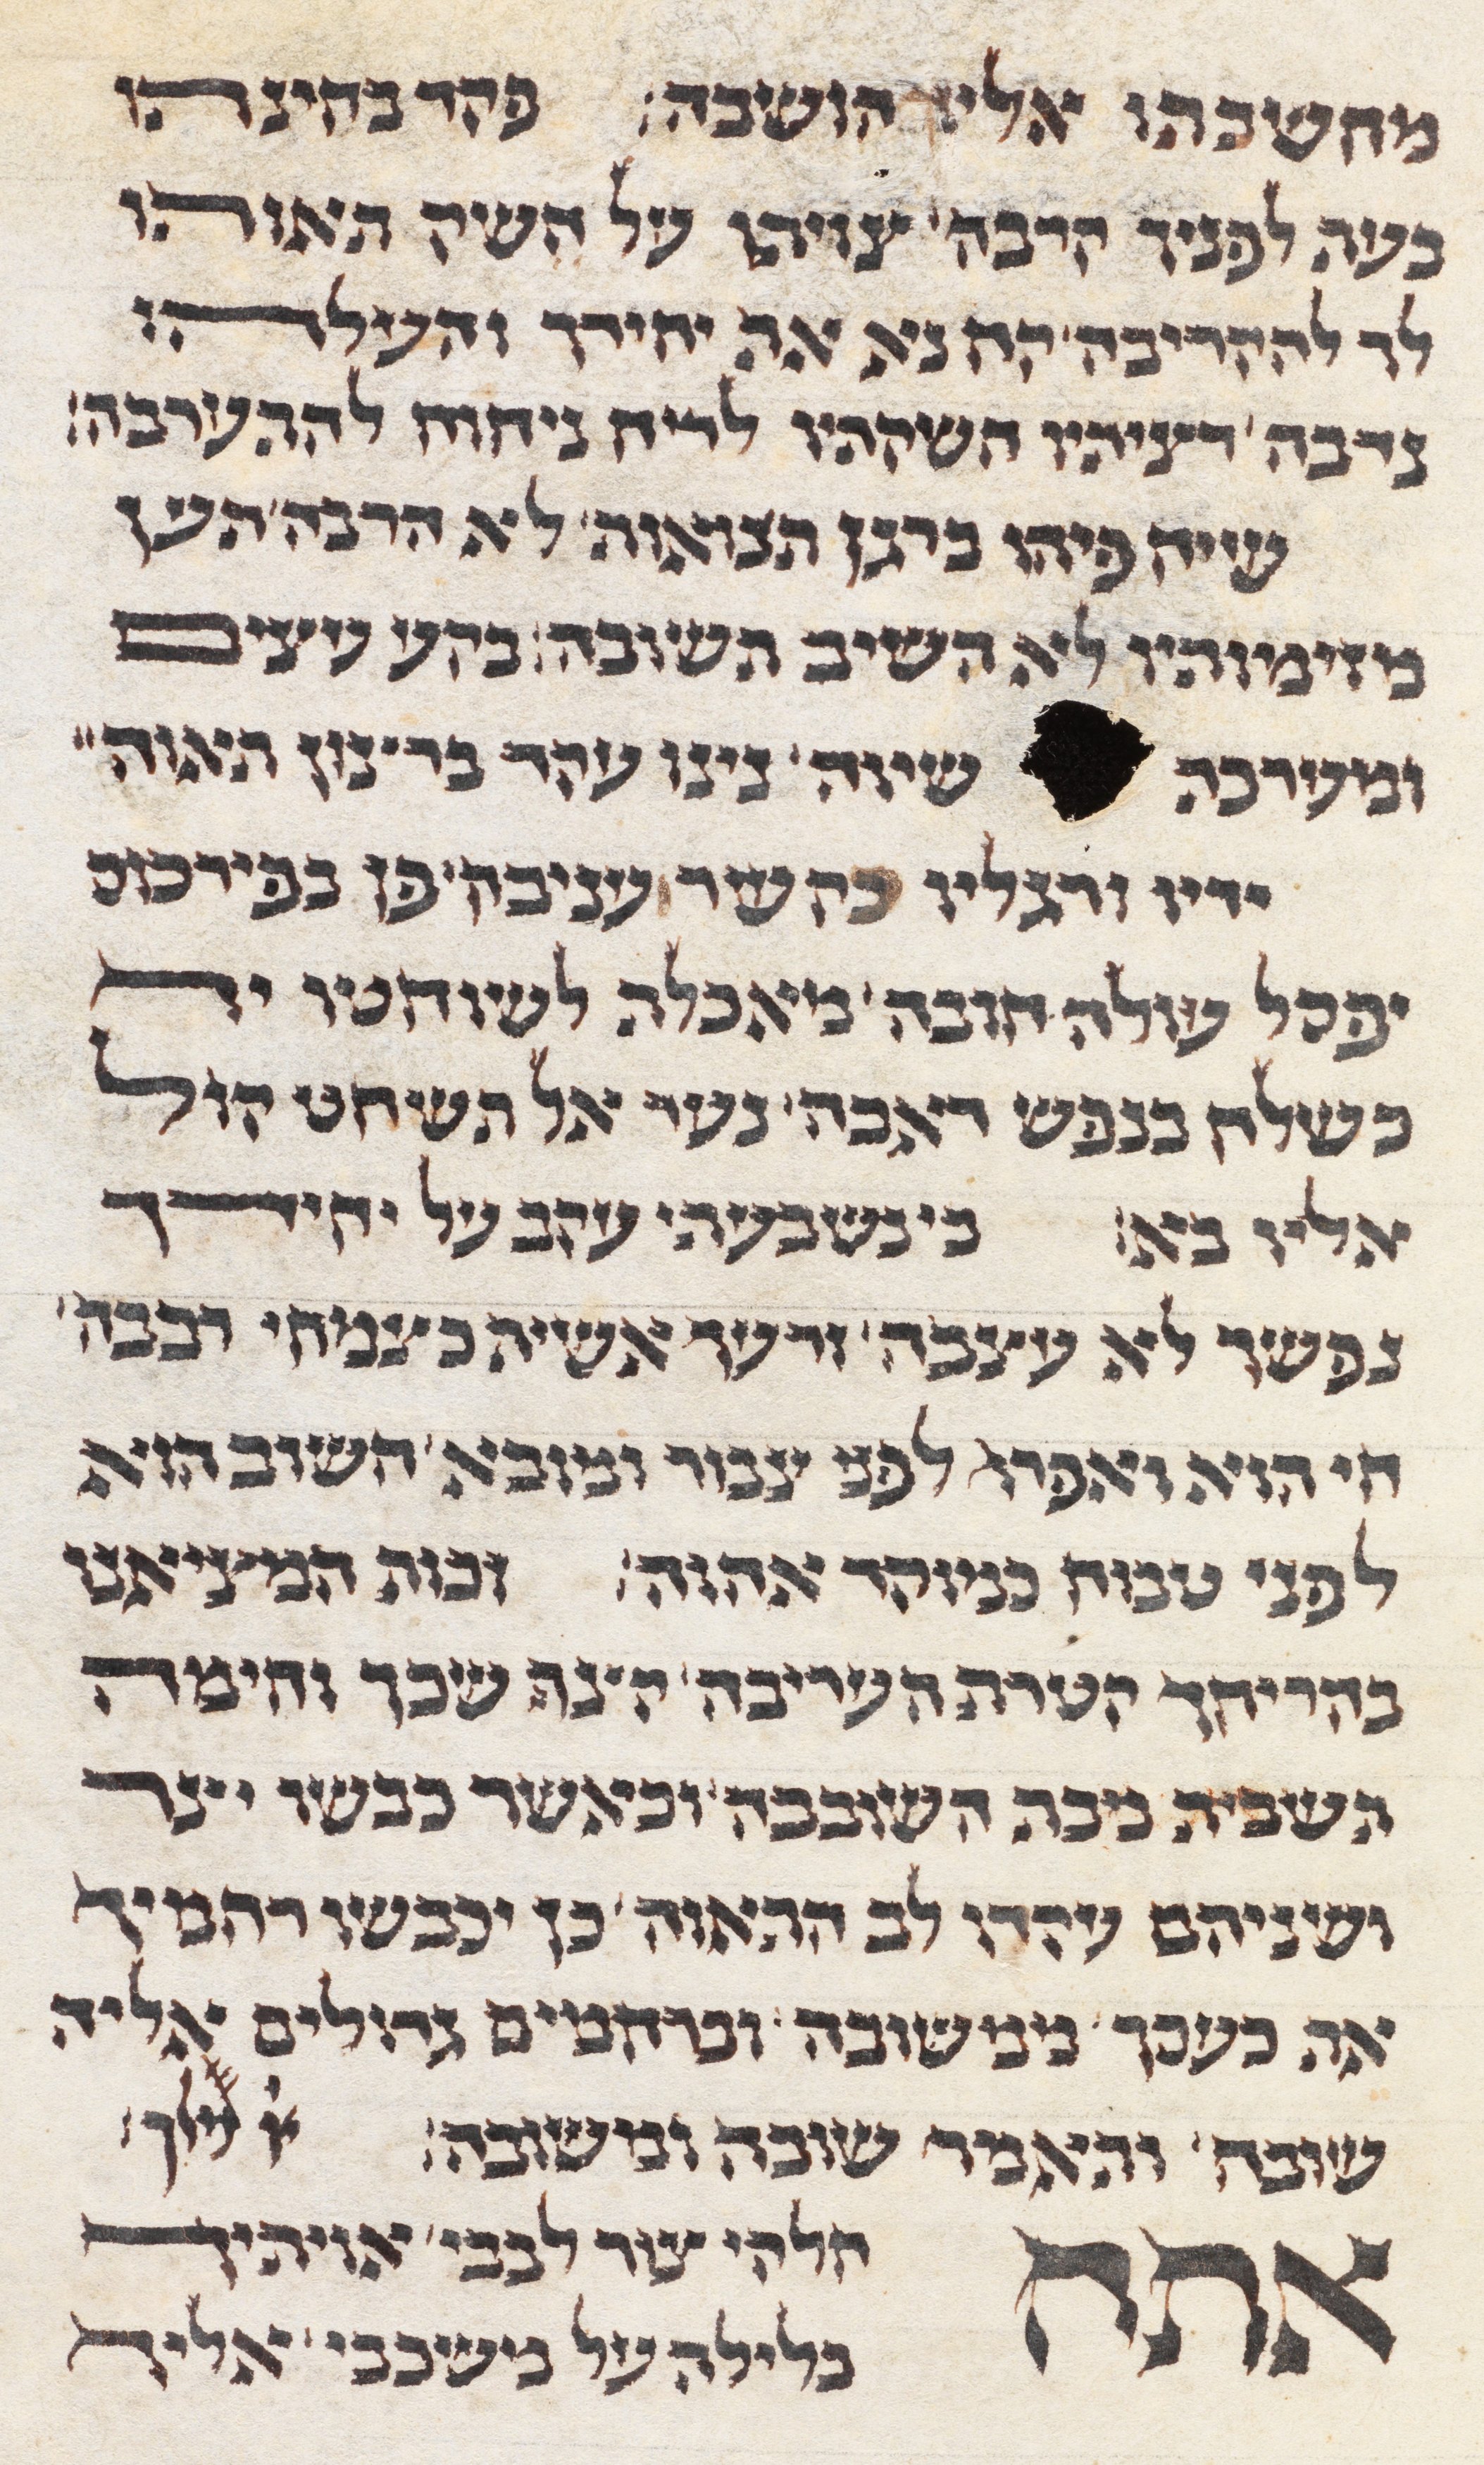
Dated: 1285–1315